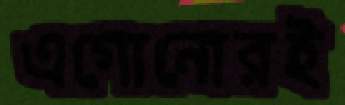
এগোনোরই